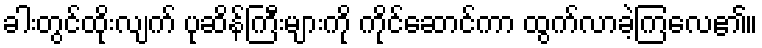
ခါးတွင်ထိုးလျက် ပုဆိန်ကြီးများကို ကိုင်ဆောင်ကာ ထွက်လာခဲ့ကြလေ၏။